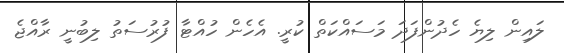
ލައިން ލިޔެ ހެދުންފަދަ މަސައްކަތް ކުރީ. އެހެން ހުއްޓާ ފުރުސަތު ލިބުނީ ރާއްޖެ